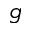
g